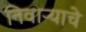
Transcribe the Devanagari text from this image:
निवाऱ्याचे